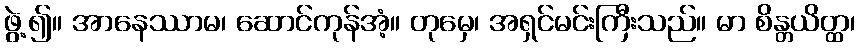
ဖွဲ့၍။ အာနေဿာမ၊ ဆောင်ကုန်အံ့။ တုမှေ၊ အရှင်မင်းကြီးသည်။ မာ စိန္တယိတ္ထ၊